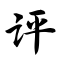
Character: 评